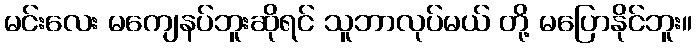
မင်းလေး မကျေနပ်ဘူးဆိုရင် သူဘာလုပ်မယ် တို့ မပြောနိုင်ဘူး။